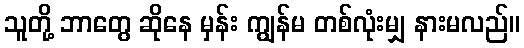
သူတို့ ဘာတွေ ဆိုနေ မှန်း ကျွန်မ တစ်လုံးမျှ နားမလည်။